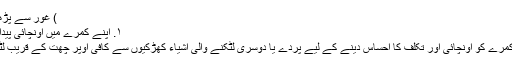
) غور سے پڑھیں…
۱. اپنے کمرے میں اونچائی پیدا کریں
اپنے کمرے کو اونچائی اور تکلف کا احساس دینے کے لیے پردے یا دوسری لٹکنے والی اشیاء کھڑکیوں سے کافی اُوپر چھت کے قریب لٹکائیں۔